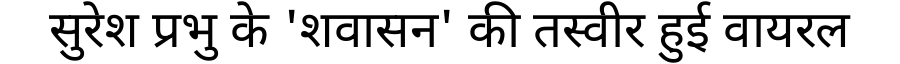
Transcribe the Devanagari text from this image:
सुरेश प्रभु के 'शवासन' की तस्वीर हुई वायरल